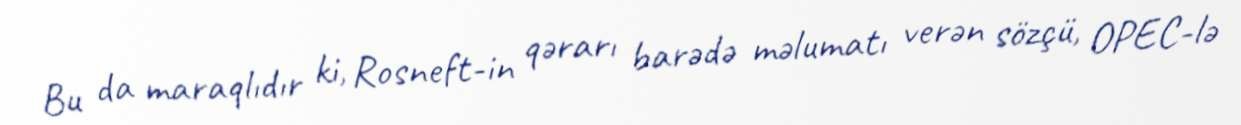
Bu da maraqlıdır ki, Rosneft-in qərarı barədə məlumatı verən sözçü, OPEC-lə